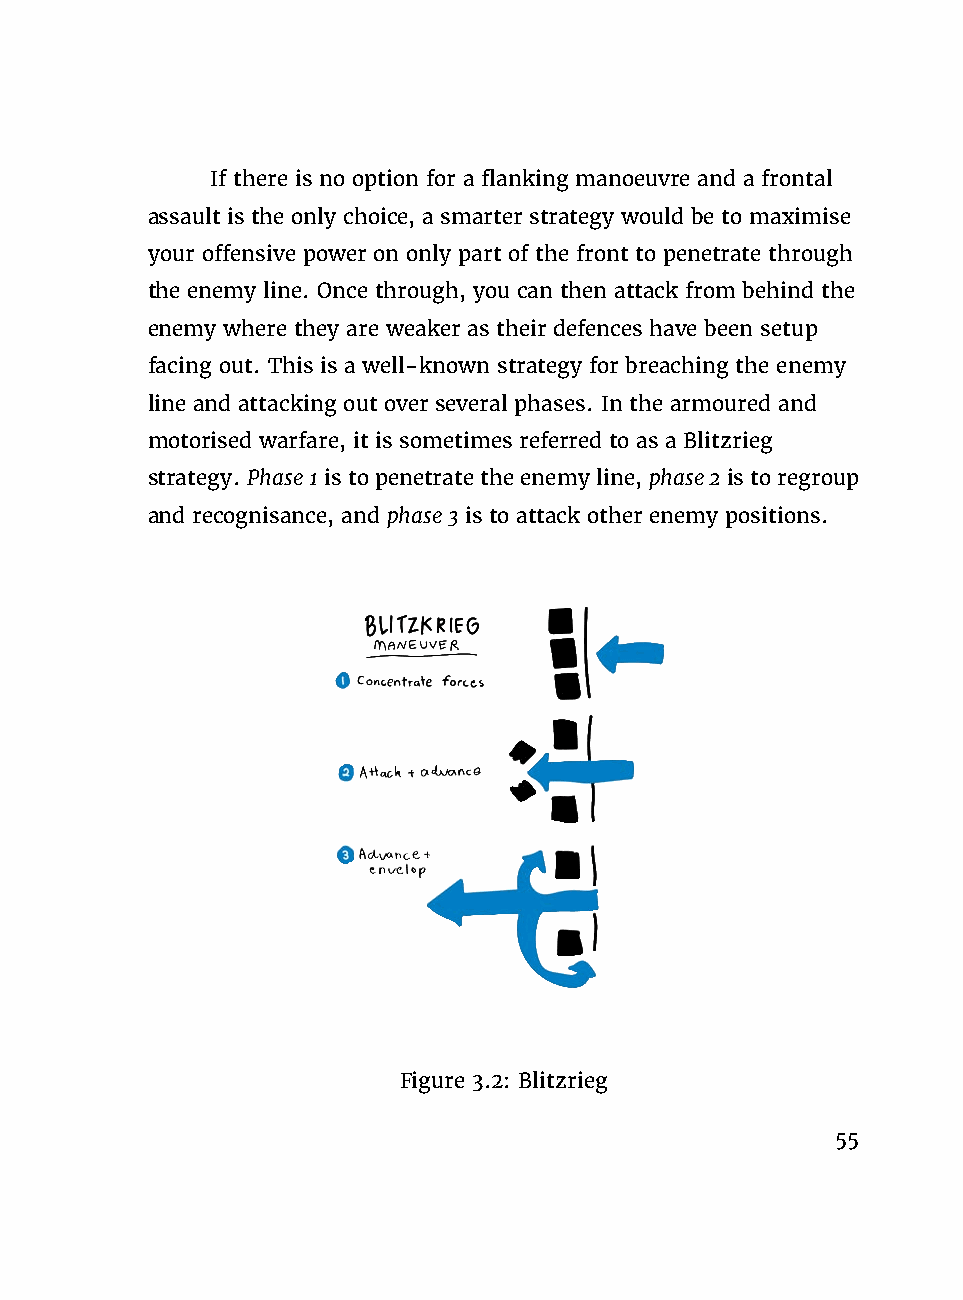
If there is no option for a flanking manoeuvre and a frontal
 assault is the only choice, a smarter strategy would be to maximise
 your offensive power on only part of the front to penetrate through
 the enemy line. Once through, you can then attack from behind the
 enemy where they are weaker as their defences have been setup
 facing out. This is a well-known strategy for breaching the enemy
 line and attacking out over several phases. In the armoured and
 motorised warfare, it is sometimes referred to as a Blitzrieg
 strategy. Phase1 is topenetrate the enemyline, phase2 is toregroup
 and recognisance, and phase3 is to attack other enemy positions.
 Figure 3.2: Blitzrieg
 55